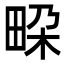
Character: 𭻐